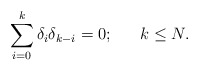
\begin{align*}\sum_{i=0}^{k} \delta_i \delta_{k-i} = 0 ; \ \ \ \ \ k \leq N.\end{align*}